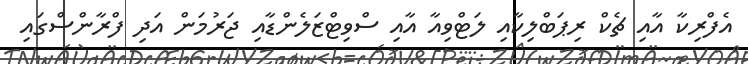
އެފްރިކާ އާއި ޗެކް ރިޕަބްލިކާއި ލަޓްވިއާ އާއި ސްވިޓްޒަލެންޑާއި ޖަރުމަން އަދި ފްރާންސްގައި